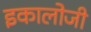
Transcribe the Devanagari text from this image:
इकालोजी